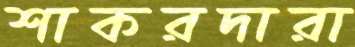
শাকরদারা